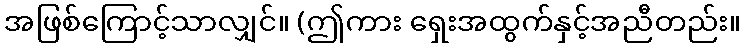
အဖြစ်ကြောင့်သာလျှင်။ (ဤကား ရှေးအထွက်နှင့်အညီတည်း။